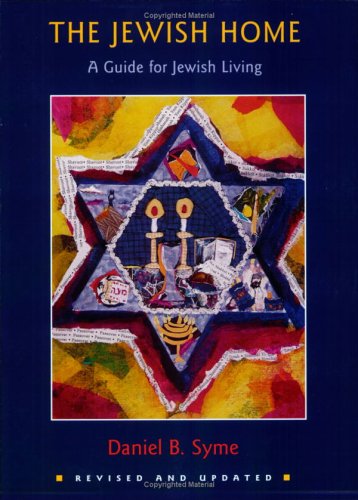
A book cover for The Jewish Home: A Guide for Jewish Living; Daniel B. Syme; Politics & Social Sciences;